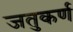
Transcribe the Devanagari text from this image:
जतुकर्ण